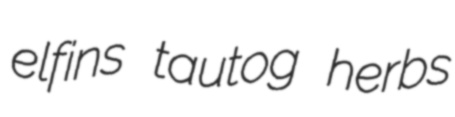
elfins tautog herbs